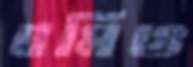
বমিও